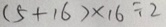
( 5 + 1 6 ) \times 1 6 \div 2